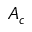
A _ { c }